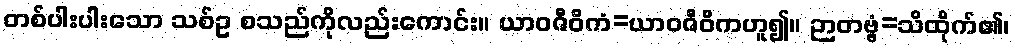
တစ်ပါးပါးသော သစ်ဥ စသည်ကိုလည်းကောင်း။ ယာဝဇီဝိကံ=ယာဝဇီဝိကဟူ၍။ ဉာတဗ္ဗံ=သိထိုက်၏၊